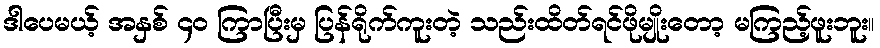
ဒါပေမယ့် အနှစ် ၄၀ ကြာပြီးမှ ပြန်ရိုက်ကူးတဲ့ သည်းထိတ်ရင်ဖိုမျိုးတော့ မကြည့်ဖူးဘူး။